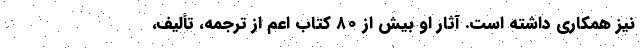
نیز همکاری داشته است. آثار او بیش از ۸۰ کتاب اعم از ترجمه، تألیف،